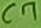
Text: C7